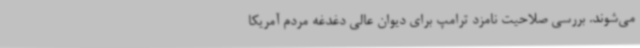
می‌شوند. بررسی صلاحیت نامزد ترامپ برای دیوان عالی دغدغه مردم آمریکا